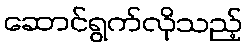
ဆောင်ရွက်လိုသည့်